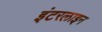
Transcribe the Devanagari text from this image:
इंटरलाइन